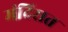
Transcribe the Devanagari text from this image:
मंदिरात